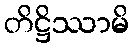
တိဋ္ဌိဿာမိ